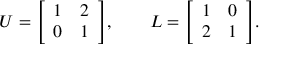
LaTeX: U = { \left[ \begin{array} { l l } { 1 } & { 2 } \\ { 0 } & { 1 } \end{array} \right] } , \qquad L = { \left[ \begin{array} { l l } { 1 } & { 0 } \\ { 2 } & { 1 } \end{array} \right] } .